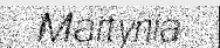
Martynia